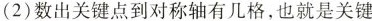
(2)数出关键点到对称轴有几格，也就是关键